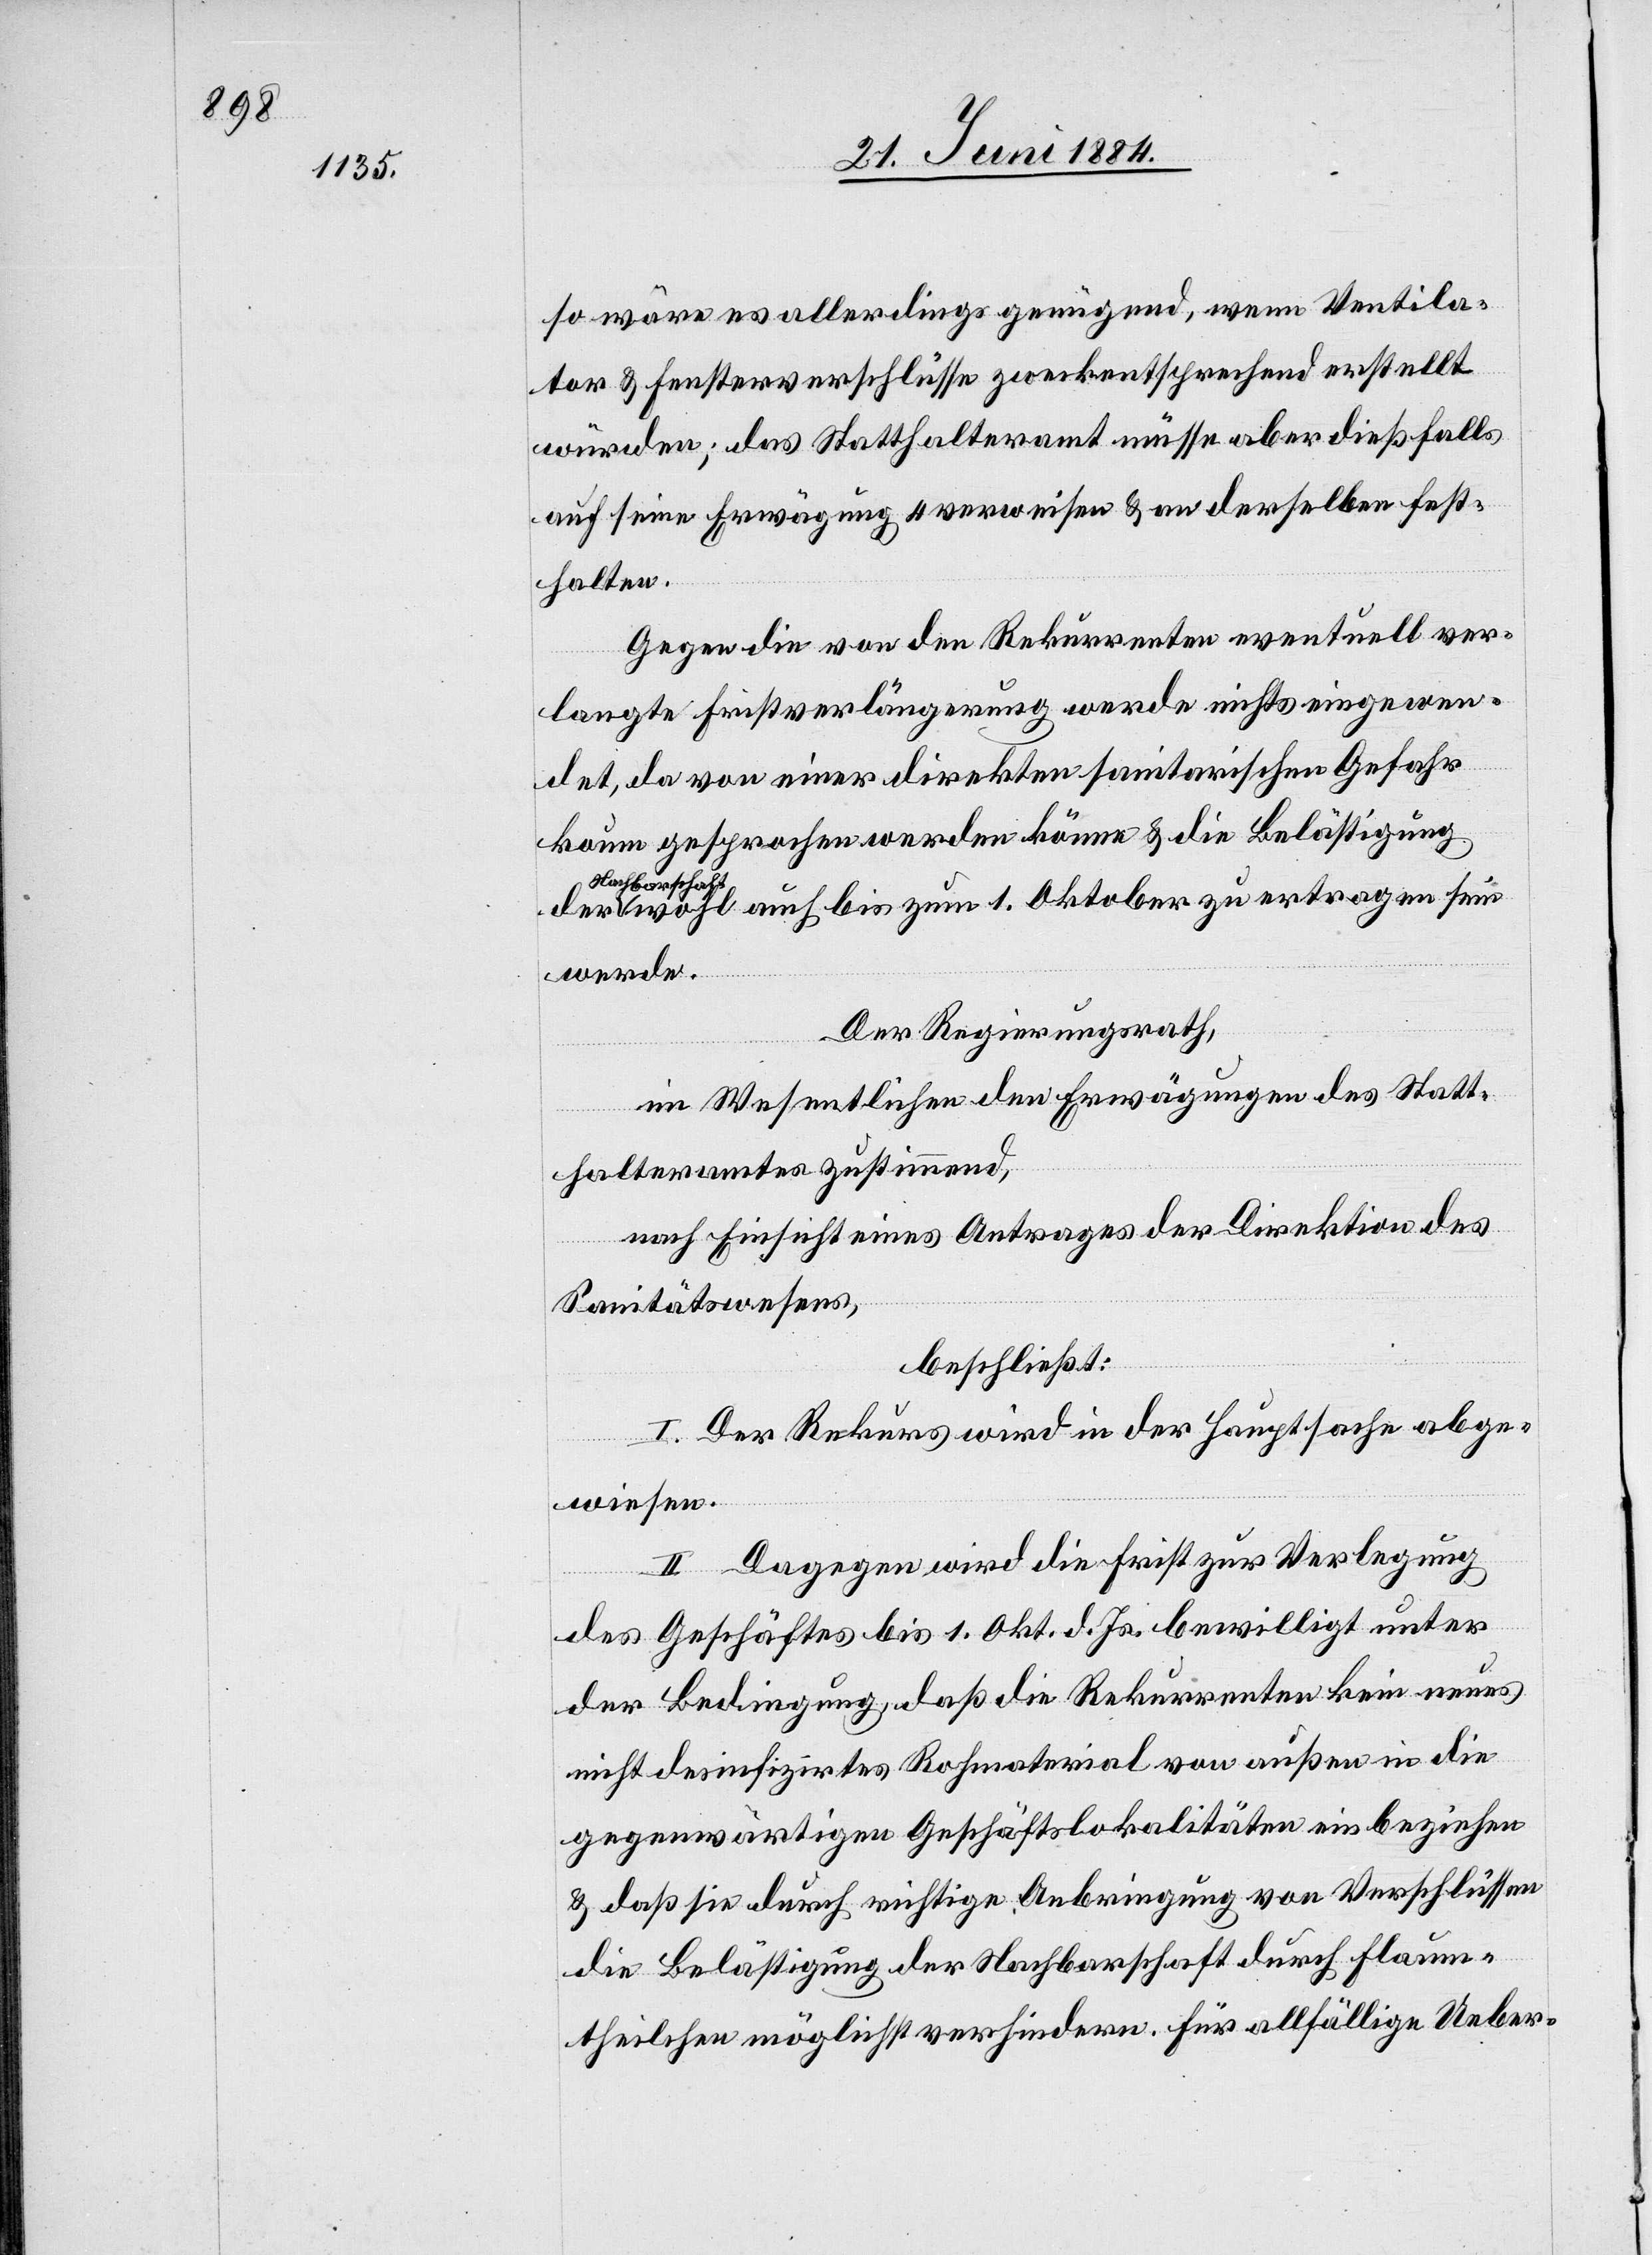
so wäre es allerdings genügend, wenn Ventila¬
tor & Fensterverschlüsse zweckentsprechend erstellt
würden; das Statthalteramt müsse aber dießfalls
auf seine Erwägung 4 verweisen & an derselben fest¬
halten.
Gegen die von den Rekurrenten eventuell ver¬
langte Fristverlängerung werde nichts eingewen¬
det, da von einer direkten sanitarischen Gefahr
kaum gesprochen werden könne & die Belästigung
Nachbarschaft
wohl auch bis zum 1. Oktober zu ertragen sein
werde.
Der Regierungsrath,
im Wesentlichen den Erwägungen des Statt¬
halteramtes zustimmend,
nach Einsicht eines Antrages der Direktion des
Sanitätswesens,
beschließt:
I. Der Rekurs wird in der Hauptsache abge¬
wiesen.
II. Dagegen wird die Frist zur Verlegung
des Geschäftes bis 1. Okt. d. Js. bewilligt unter
der Bedingung, daß die Rekurrenten kein neues
nicht desinfizirtes Rohmaterial von außen in die
gegenwärtigen Geschäftslokalitäten einbeziehen
& daß sie durch richtige Anbringung von Verschlüssen
die Belästigung der Nachbarschaft durch Flaum¬
theilchen möglichst verhindern. Für allfällige Ueber-